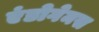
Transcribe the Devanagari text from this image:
एंडोगेमस